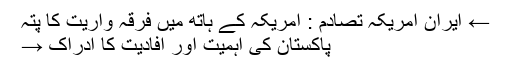
← ایران امریکہ تصادم : امریکہ کے ہاتھ میں فرقہ واریت کا پتہ
پاکستان کی اہمیت اور افادیت کا ادراک →